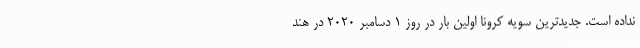
نداده است. جدیدترین سویه کرونا اولین بار در روز ۱ دسامبر ۲۰۲۰ در هند